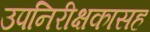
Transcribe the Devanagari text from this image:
उपनिरीक्षकासह